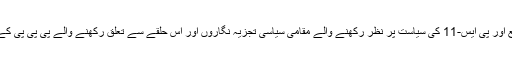
اس حوالے سے لاڑکانہ ضلع اور پی ایس-11 کی سیاست پر نظر رکھنے والے مقامی سیاسی تجزیہ نگاروں اور اس حلقے سے تعلق رکھنے والے پی پی پی کے لوگوں کا خیال مختلف ہے۔